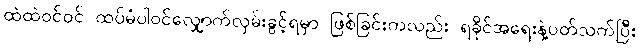
ထဲထဲဝင်ဝင် ထပ်မံပါဝင်လျှောက်လှမ်းခွင့်ရမှာ ဖြစ်ခြင်းကလည်း ရခိုင်အရေးနဲ့ပတ်သက်ပြီး